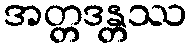
အတ္တဒန္တဿ